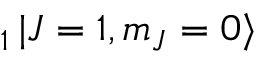
_ { 1 } \mathinner { | { J = 1 , m _ { J } = 0 } \rangle }